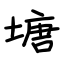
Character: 塘